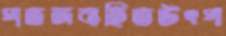
পতঙ্গবাহিতউৎপ